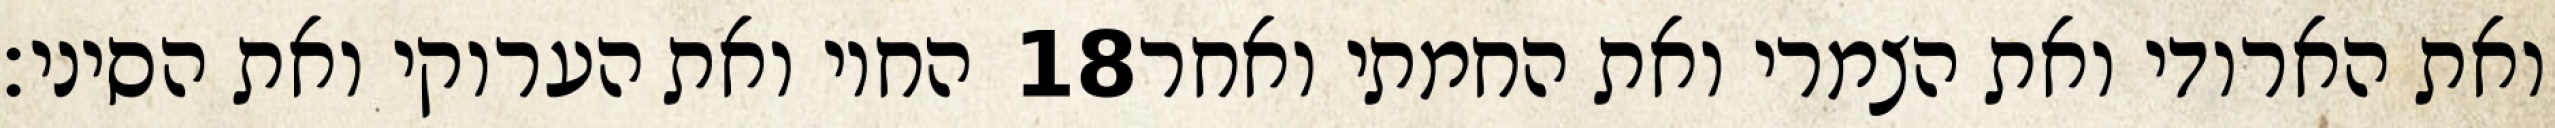
החוי ואת הערוקי ואת הסיני׃ ‎18‏ ואת הארודי ואת הצמרי ואת החמתי ואחר